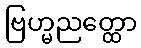
ဗြဟ္မညတ္ထော